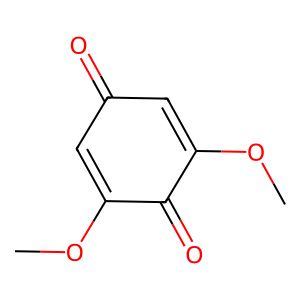
SMILES: COC1=CC(=O)C=C(OC)C1=O
Inhibits HIV replication: No